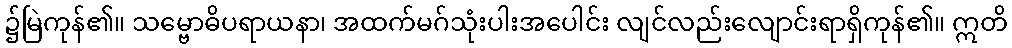
၌မြဲကုန်၏။ သမ္ဗောဓိပရာယနာ၊ အထက်မဂ်သုံးပါးအပေါင်း လျင်လည်းလျောင်းရာရှိကုန်၏။ ဣတိ